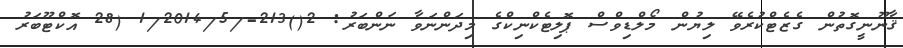
ޤާނޫނީގޮތުން ގެޒެޓްކުރެވޭ ލިޔުން މޯލްޑިވްސް ޕޮލިޓެކްނިކްގެ މިދަންނަވާ ނަންބަރު: 2()213-/1/2014/5 (28 އޮކްޓޫބަރު